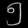
Digit: ၅